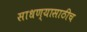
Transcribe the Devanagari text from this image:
साधण्यासाठीच